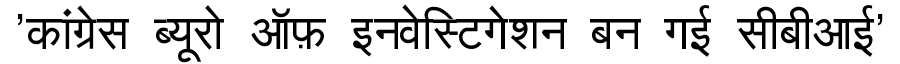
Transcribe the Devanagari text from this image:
'कांग्रेस ब्यूरो ऑफ़ इनवेस्टिगेशन बन गई सीबीआई'